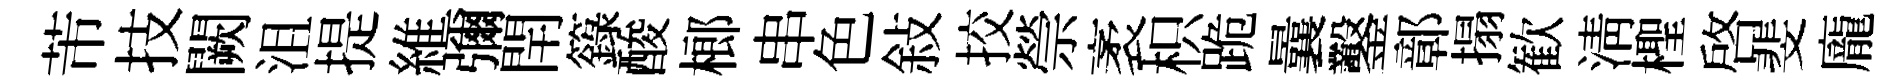
芾技闕沮提維彌閈籙酸榔串色敍挍禜袤枳跪曩鑿鄣搨歓淸檉啟斐龐